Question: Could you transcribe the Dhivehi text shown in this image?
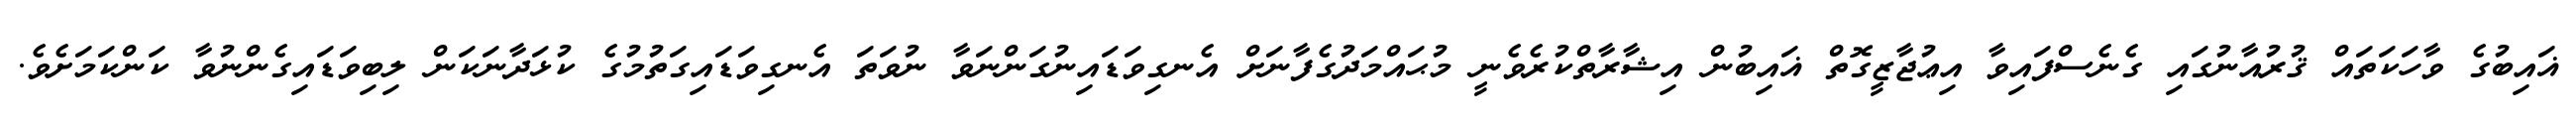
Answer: ޣައިބުގެ ވާހަކަތައް ޤުރުއާނުގައި ގެނެސްފައިވާ އިޢުޖާޒީގޮތް ޣައިބުން އިޝާރާތްކުރެވެނީ މުޙައްމަދުގެފާނަށް އެނގިވަޑައިނުގަންނަވާ ނުވަތަ އެނގިވަޑައިގަތުމުގެ ކުޅަދާނަކަން ލިބިވަޑައިގެންނުވާ ކަންކަމަށެވެ.